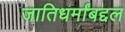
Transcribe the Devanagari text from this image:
जातिधर्मांबद्दल